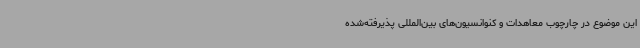
این موضوع در چارچوب معاهدات و کنوانسیون‌های بین‌المللی پذیرفته‌شده